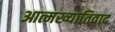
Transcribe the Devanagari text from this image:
आत्मख्यातिवाद